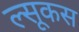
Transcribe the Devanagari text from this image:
ल्सूकस